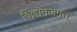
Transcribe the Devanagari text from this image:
विज्ञानजगत्‌